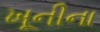
ખૂનીના